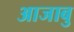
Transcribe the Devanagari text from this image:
आजाबु